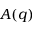
A ( q )